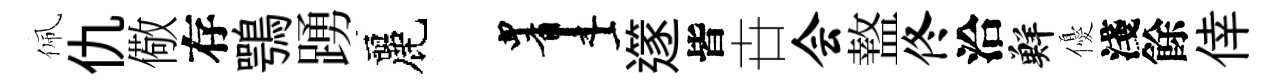
佩仇儆存鶚踴麗画𨗹皆卋会盩佟洽鮮優淺餘倖